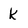
Character: k